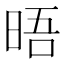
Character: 晤